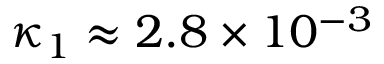
\kappa _ { 1 } \approx 2 . 8 \times 1 0 ^ { - 3 }